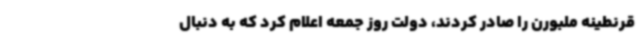
قرنطینه ملبورن را صادر کردند، دولت روز جمعه اعلام کرد که به دنبال